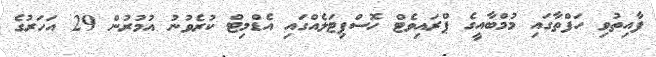
ފާއިތުވި ހަފްތާގައި މުމްބާއީގެ ޕްރައިވެޓް ހޮސްޕިޓަލެއްގައި އެޑްމިޓް ކުރެވުނު އުމުރުން 29 އަހަރުގެ